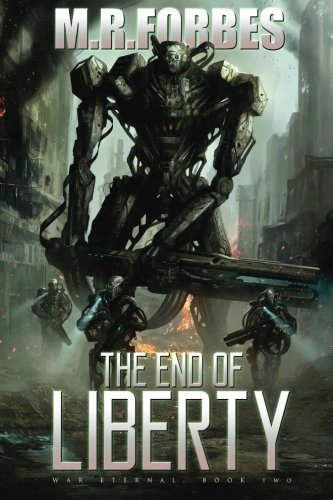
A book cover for The End of Liberty (War Eternal, Book Two) (Volume 2); M.R. Forbes; Science Fiction & Fantasy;